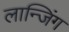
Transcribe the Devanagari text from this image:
लान्जिंग